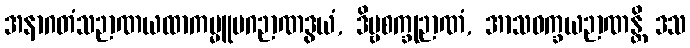
အနာဂတံသဉာဏယထာကမ္မူပဂဉာဏဒွယံ, ဒိဗ္ဗစက္ခုဉာဏံ, အာသဝက္ခယဉာဏန္တိ ဒသ